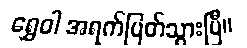
ရွှေဝါ အရက်ပြတ်သွားပြီ။